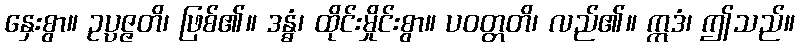
နှေးစွာ။ ဥပ္ပဇ္ဇတိ၊ ဖြစ်၏။ ဒန္ဓံ၊ ထိုင်းမှိုင်းစွာ။ ပဝတ္တတိ၊ လည်၏။ ဣဒံ၊ ဤသည်။